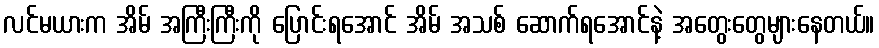
လင်မယားက အိမ် အကြီးကြီးကို ပြောင်းရအောင် အိမ် အသစ် ဆောက်ရအောင်နဲ့ အတွေးတွေများနေတယ်။